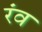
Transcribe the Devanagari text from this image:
रंव